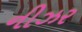
નીઝર